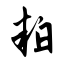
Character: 粕